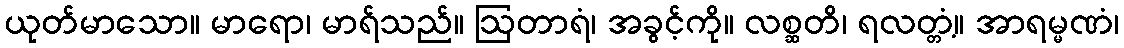
ယုတ်မာသော။ မာရော၊ မာရ်သည်။ ဩတာရံ၊ အခွင့်ကို။ လစ္ဆတိ၊ ရလတ္တံ့။ အာရမ္မဏံ၊